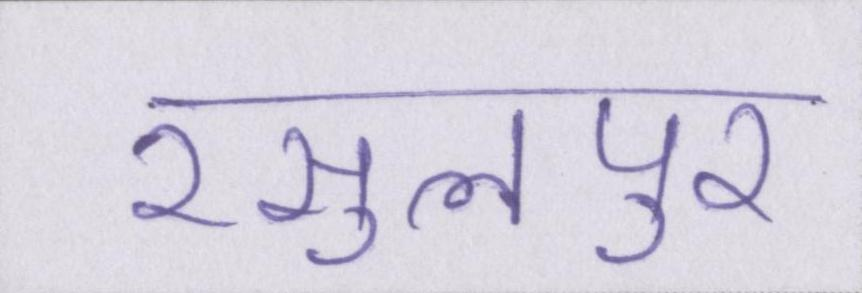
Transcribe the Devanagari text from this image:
रसुलपुर